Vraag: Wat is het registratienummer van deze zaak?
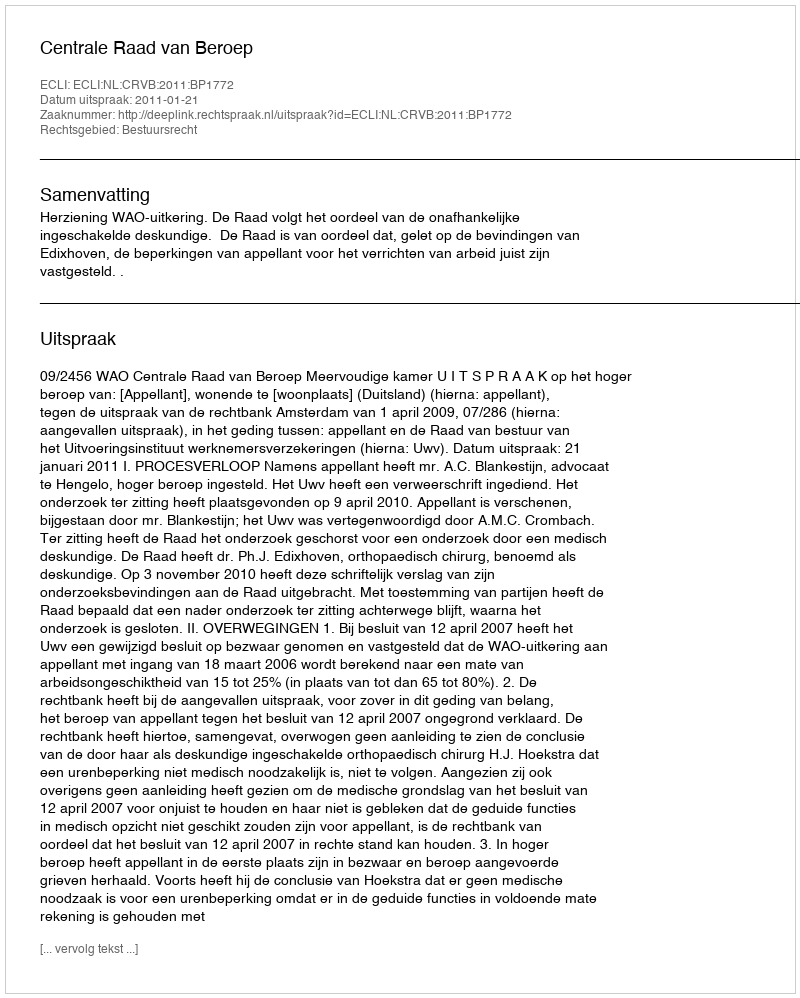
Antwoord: http://deeplink.rechtspraak.nl/uitspraak?id=ECLI:NL:CRVB:2011:BP1772